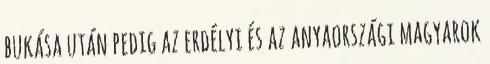
bukása után pedig az erdélyi és az anyaországi magyarok